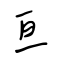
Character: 亘